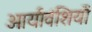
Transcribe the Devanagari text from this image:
आर्यावंशियों